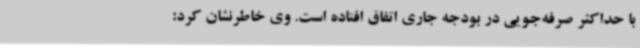
با حداکثر صرفه‌جویی در بودجه جاری اتفاق افتاده است. وی خاطرنشان کرد: